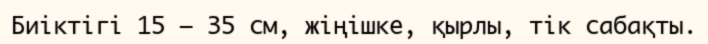
Биіктігі 15 – 35 см, жіңішке, қырлы, тік сабақты.